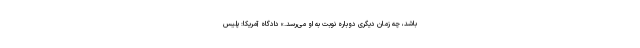
باشد، چه زمان دیگری دوباره نوبت به او می‌رسد.» دادگاه آمریکا: پلیس